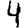
Digit: 4